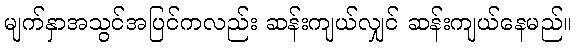
မျက်နှာအသွင်အပြင်ကလည်း ဆန်းကျယ်လျှင် ဆန်းကျယ်နေမည်။